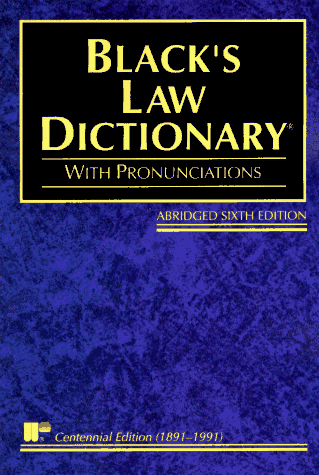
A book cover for Black's Law Dictionary: Definitions of the Terms and Phrases of American and English Jurisprudence, Ancient and Modern; Henry Campbell Black; Law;